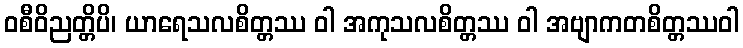
ဝစီဝိညတ္တိပိ၊ ယာရေသလစိတ္တဿ ဝါ အကုသလစိတ္တဿ ဝါ အဗျာကတစိတ္တဿဝါ